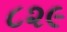
૮૨૯